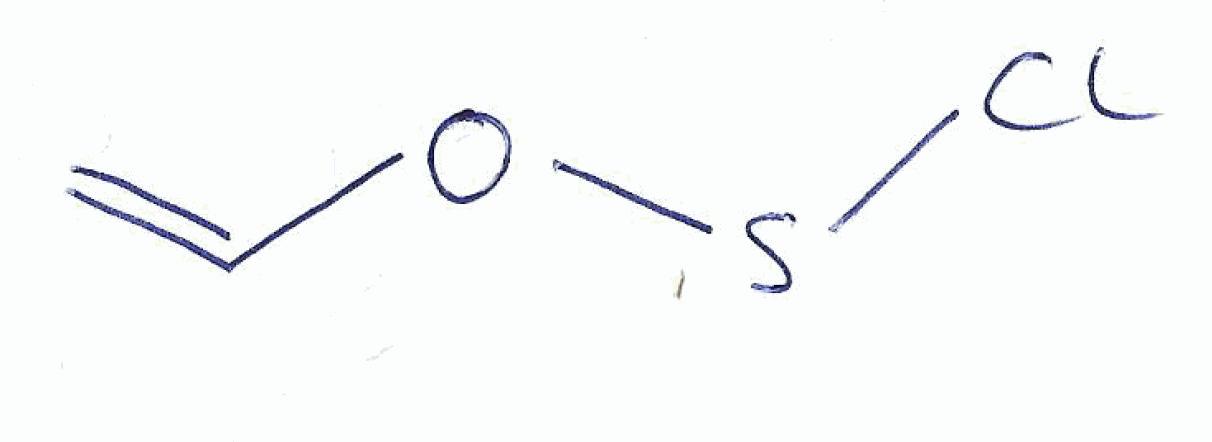
Simplified molecular-input line-entry system (SMILES) notation of the given molecule:
C=COSCl